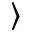
\rangle